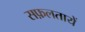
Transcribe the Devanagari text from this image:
सफ़लतायें